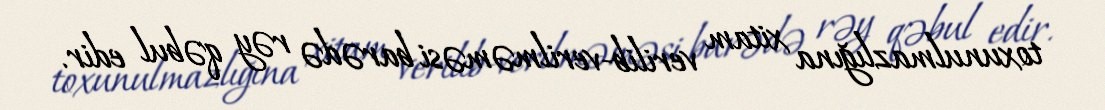
toxunulmazlığına xitam verilib-verilməməsi barədə rəy qəbul edir.